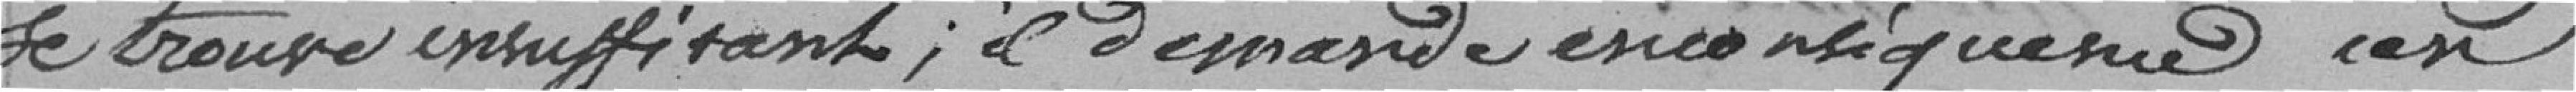
se trouvent insuffisants, il demande en conséquence un